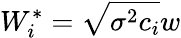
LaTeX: W_{i}^{*}=\sqrt{\sigma^{2}c_{i}}w